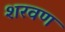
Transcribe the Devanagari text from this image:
शरवण